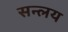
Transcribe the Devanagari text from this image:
सन्लय